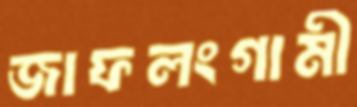
জাফলংগামী